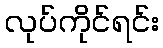
လုပ်ကိုင်ရင်း